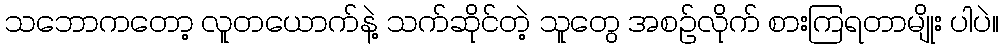
သဘောကတော့ လူတယောက်နဲ့ သက်ဆိုင်တဲ့ သူတွေ အစဉ်လိုက် စားကြရတာမျိုး ပါပဲ။